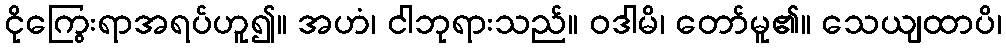
ငိုကြွေးရာအရပ်ဟူ၍။ အဟံ၊ ငါဘုရားသည်။ ဝဒါမိ၊ တော်မူ၏။ သေယျထာပိ၊